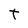
Character: t